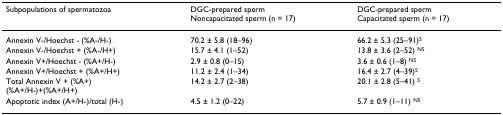
| Subpopulations of spermatozoa | DGC-prepared spermNoncapacitated sperm (n = 17) | DGC-prepared spermCapacitated sperm (n = 17) |
 | --- | --- | --- |
 | Annexin V-/Hoechst - (%A-/H-) | 70.2 ± 5.8 (18–96) | 66.2 ± 5.3 (25–91)S |
 | Annexin V-/Hoechst + (%A-/H+) | 15.7 ± 4.1 (1–52) | 13.8 ± 3.6 (2–52) NS |
 | Annexin V+/Hoechst - (%A+/H-) | 2.9 ± 0.8 (0–15) | 3.6 ± 0.6 (1–8) NS |
 | Annexin V+/Hoechst + (%A+/H+) | 11.2 ± 2.4 (1–34) | 16.4 ± 2.7 (4–39)S |
 | Total Annexin V + (%A+)(%A+/H-)+(%A+/H+) | 14.2 ± 2.7 (2–38) | 20.1 ± 2.8 (5–41) S |
 | Apoptotic index (A+/H-)/total (H-) | 4.5 ± 1.2 (0–22) | 5.7 ± 0.9 (1–11) NS |